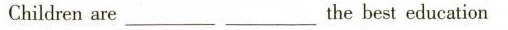
Children are___ ___the best education